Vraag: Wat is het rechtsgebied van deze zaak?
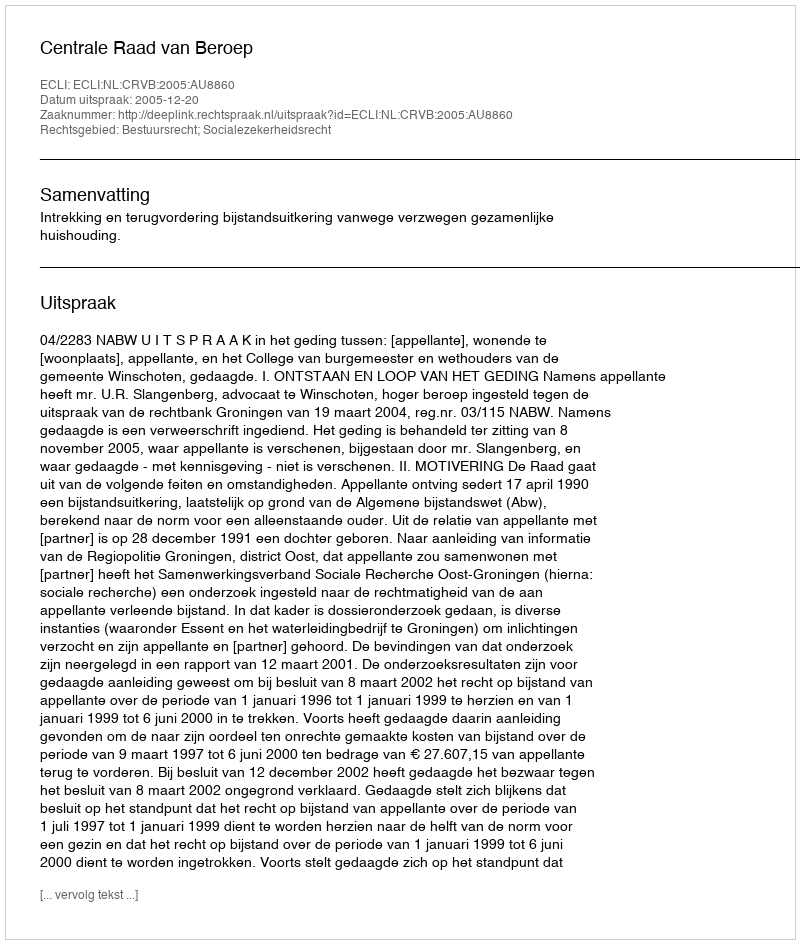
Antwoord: Bestuursrecht; Socialezekerheidsrecht